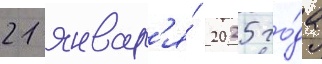
21 январ'я́ 2025 го́да